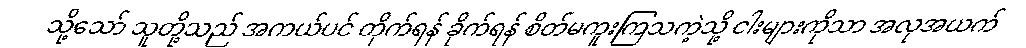
သို့သော် သူတို့သည် အကယ်ပင် တိုက်ရန် ခိုက်ရန် စိတ်မကူးကြသကဲ့သို့ ငါးများကိုသာ အလုအယက်